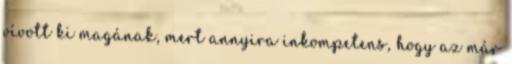
vívott ki magának, mert annyira inkompetens, hogy az már